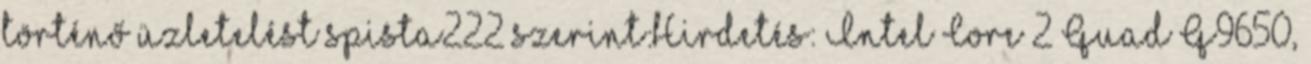
történő üzletelést spista222 szerint:Hirdetés: Intel Core 2 Quad Q9650,